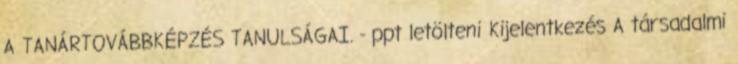
A TANÁRTOVÁBBKÉPZÉS TANULSÁGAI. - ppt letölteni Kijelentkezés A társadalmi